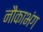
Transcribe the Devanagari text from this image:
नौकाभंग